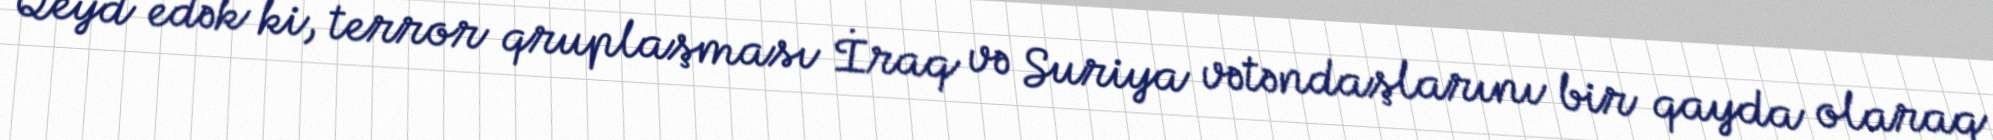
Qeyd edək ki, terror qruplaşması İraq və Suriya vətəndaşlarını bir qayda olaraq